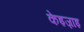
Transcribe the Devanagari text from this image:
केइज़ाइ